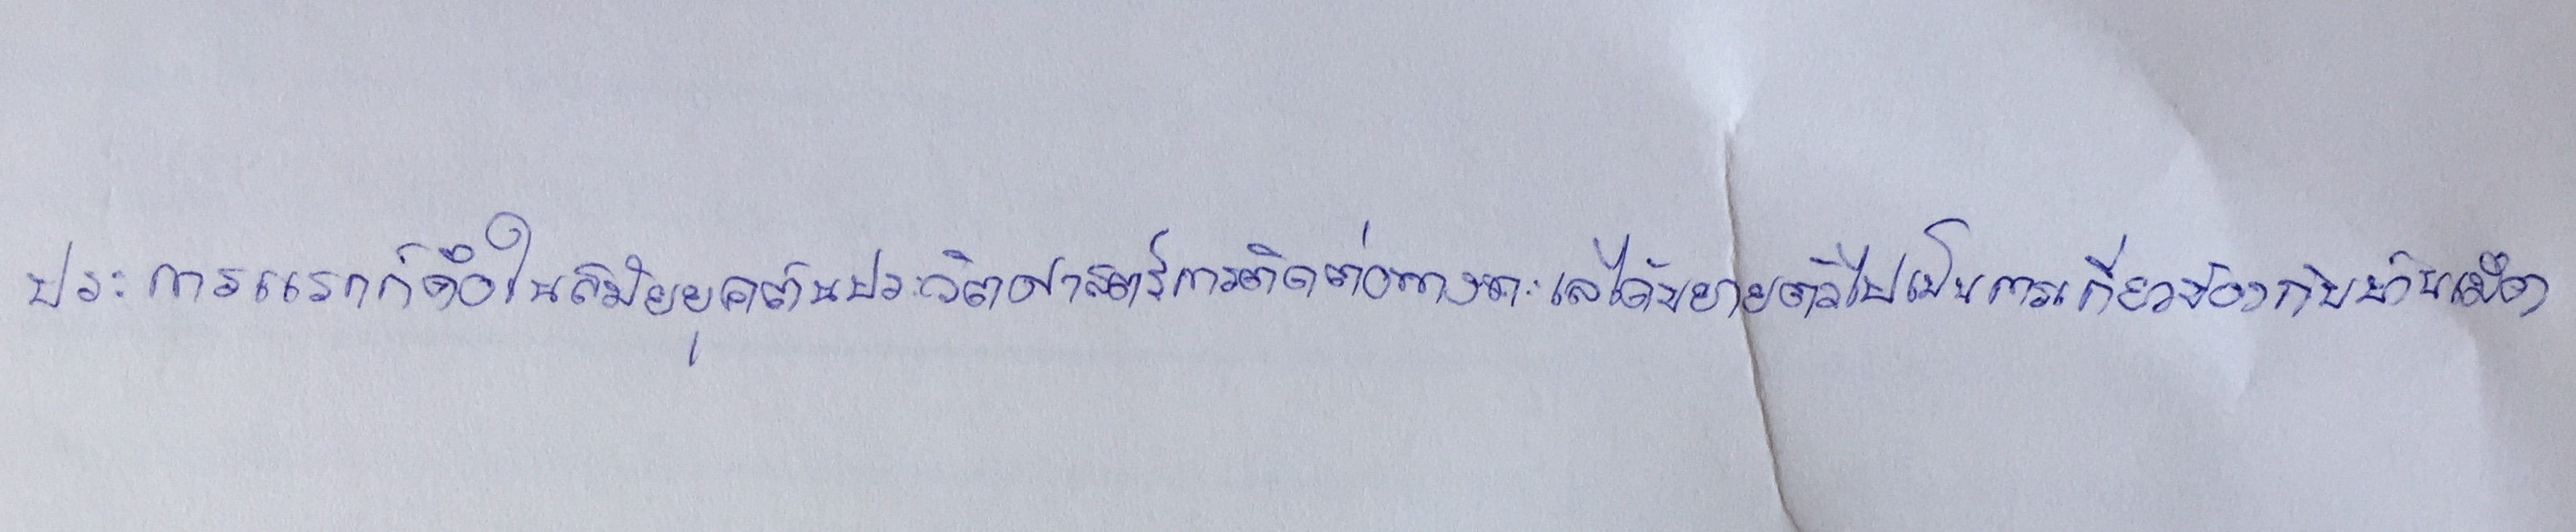
ประการแรกก็คือในสมัยยุคต้นประวัติศาสตร์การติดต่อทางทะเลได้ขยายตัวไปเป็นการเกี่ยวข้องกับบ้านเมือง